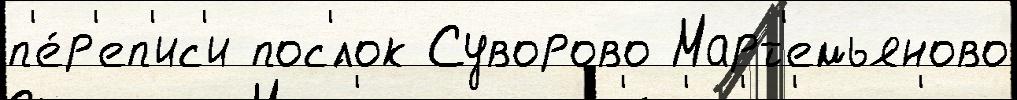
п'е́р'еп'ис'и пос'́лок Суворово Март'емьяново